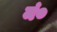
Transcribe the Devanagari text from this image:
मं०